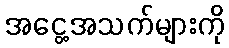
အငွေ့အသက်များကို